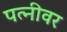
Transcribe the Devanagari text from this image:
पत्‍नीवर